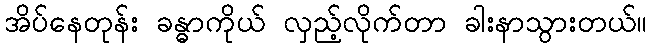
အိပ်နေတုန်း ခန္ဓာကိုယ် လှည့်လိုက်တာ ခါးနာသွားတယ်။